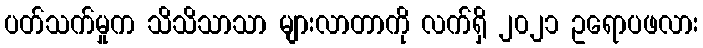
ပတ်သက်မှုက သိသိသာသာ များလာတာကို လက်ရှိ ၂၀၂၁ ဥရောပဖလား